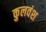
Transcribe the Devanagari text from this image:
कुलवंश